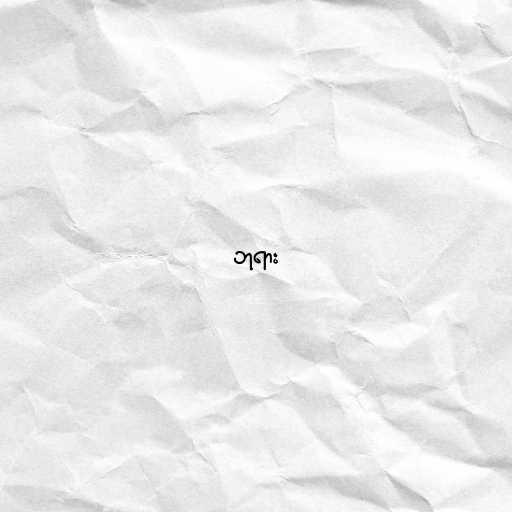
ဘုရား